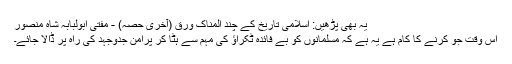
یہ بھی پڑھیں: اسلامی تاریخ کے چند المناک ورق (آخری حصہ) - مفتی ابولبابہ شاہ منصور
اس وقت جو کرنے کا کام ہے یہ ہے کہ مسلمانوں کو بے فائدہ ٹکراؤ کی مہم سے ہٹا کر پرامن جدوجہد کی راہ پر ڈالا جائے۔